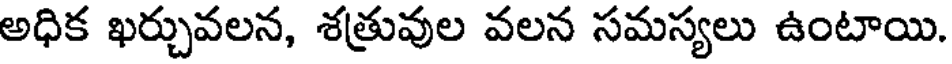
అధిక ఖర్చువలన, శత్రువుల వలన సమస్యలు ఉంటాయి.